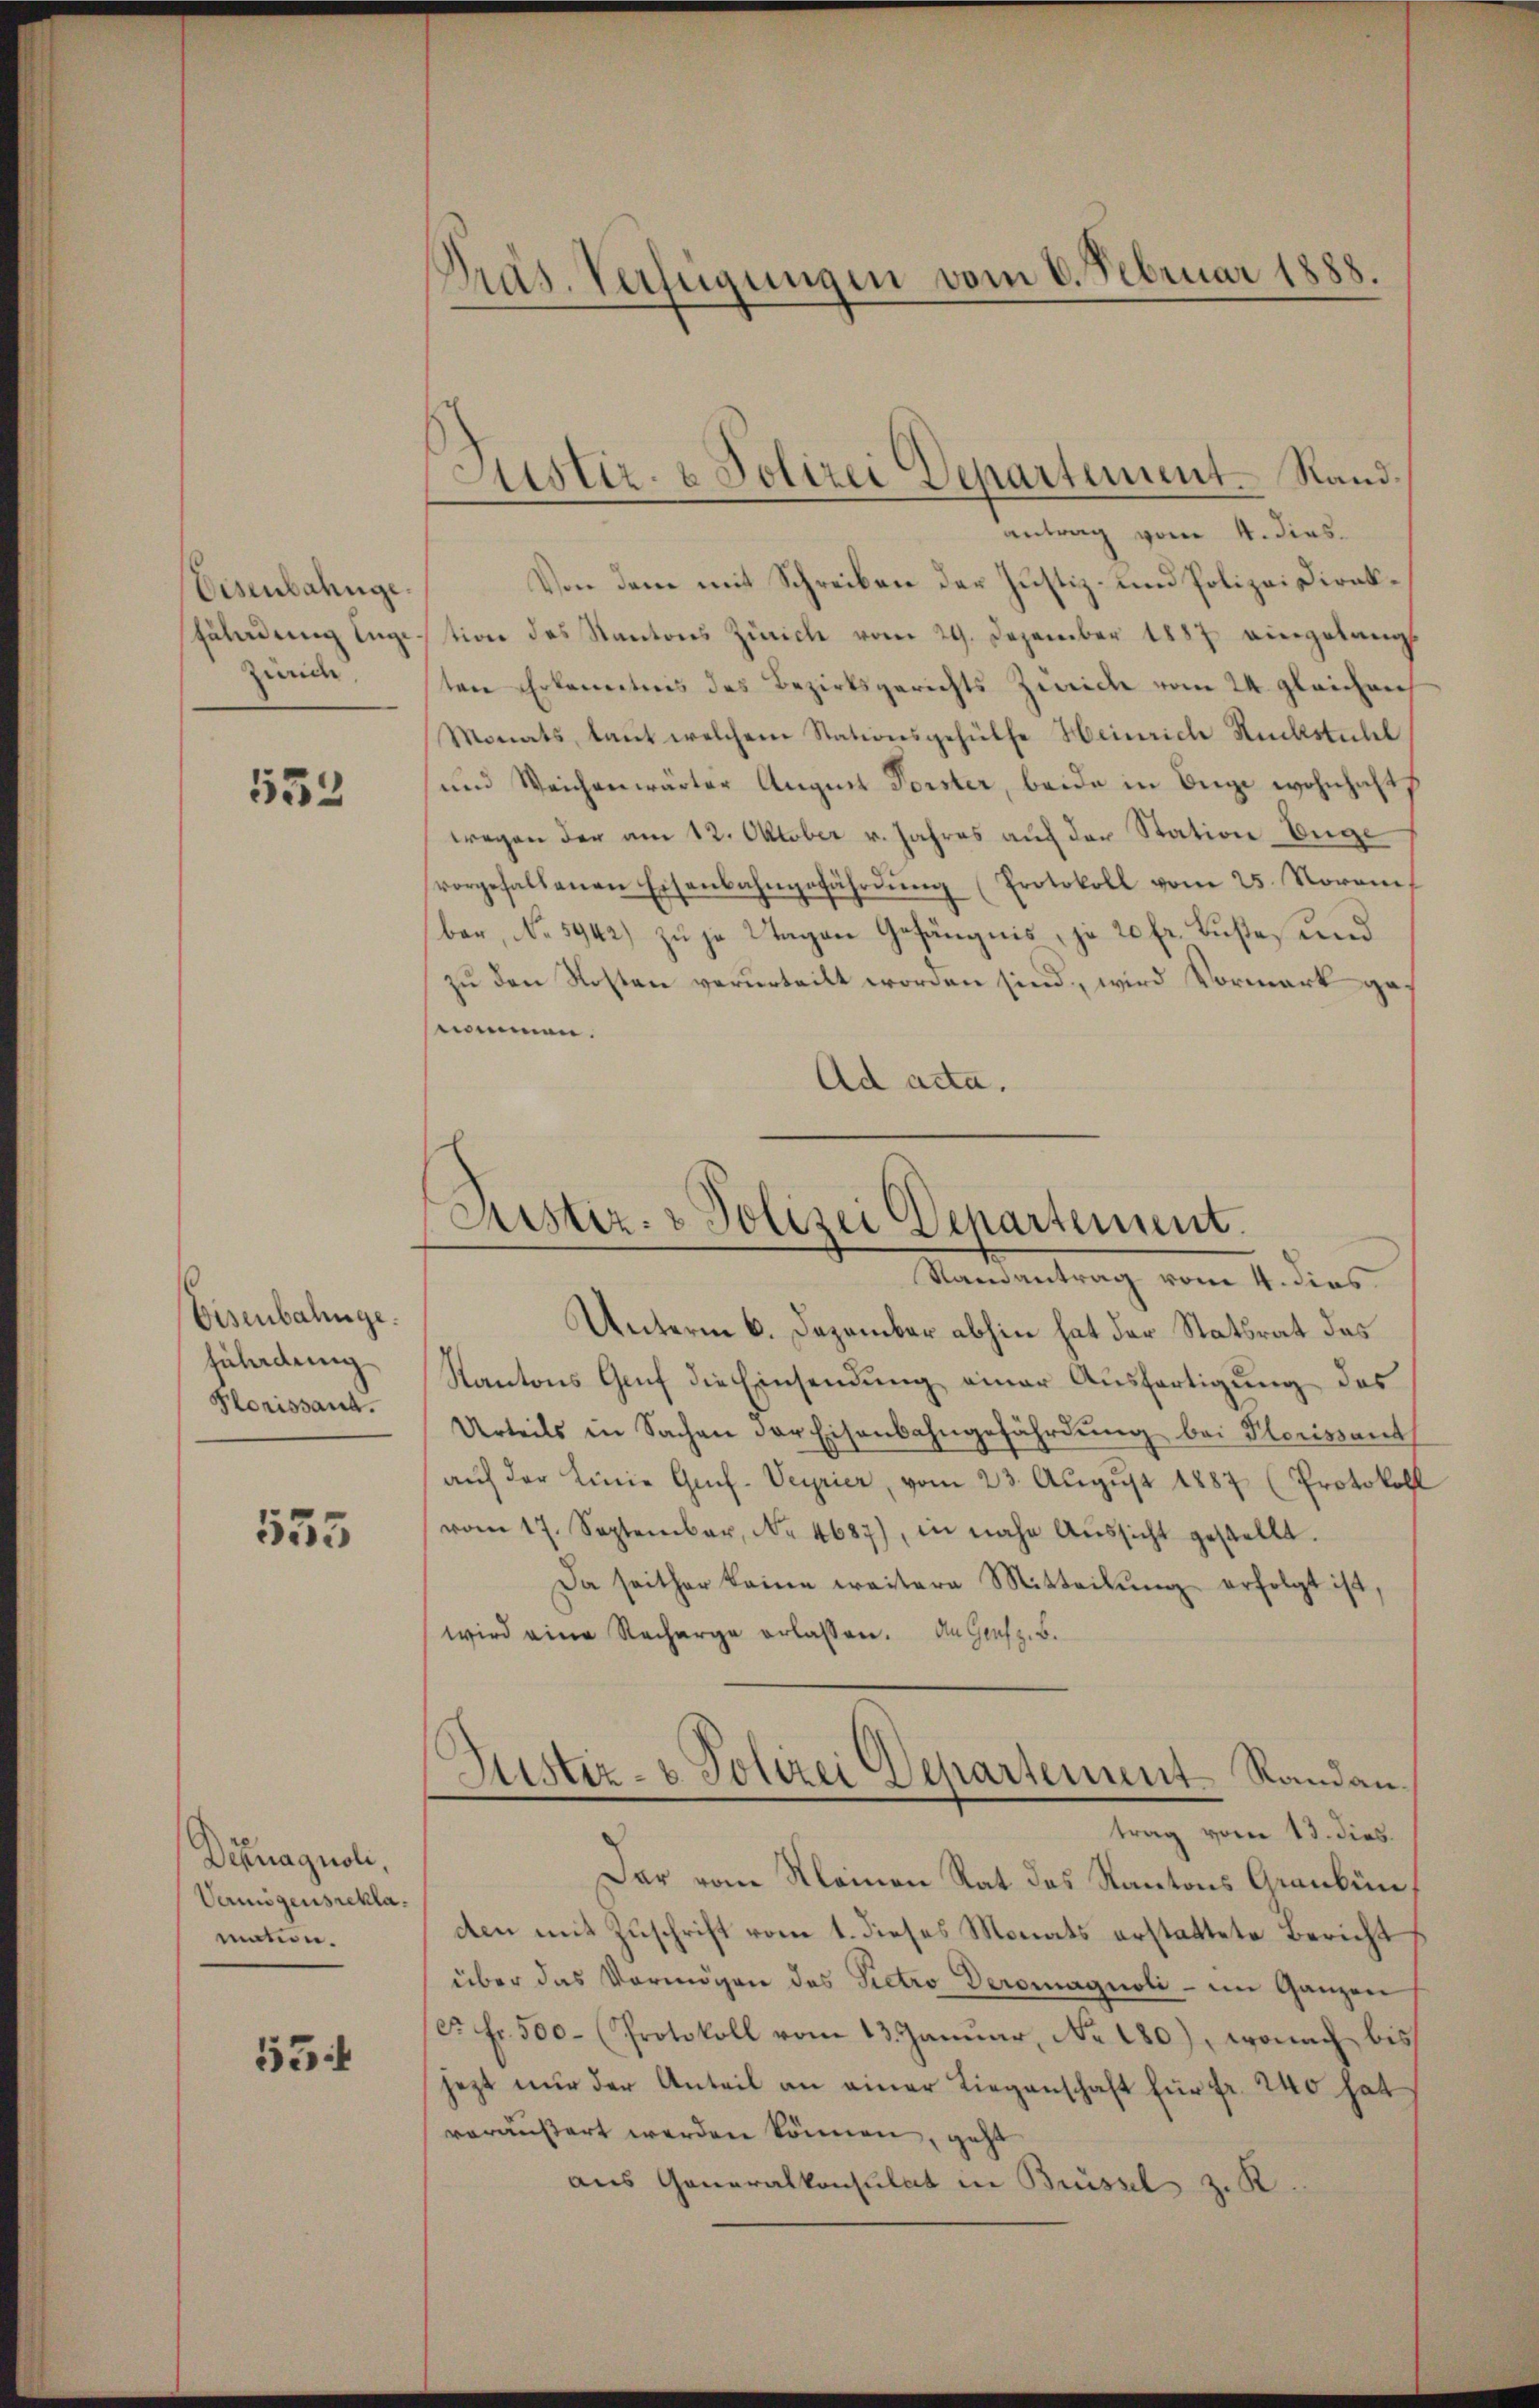
Eisenbahnge
Zuladung ange¬
Zürich,

533

Eisenbahnge.
Füladung
Florissant.

555

Diagnoli.
Vermögensreklamation.

15

Präs. Verfügungen vom 6. Februar 1888.

Astiz- & Polizei Departement. Stand.

antrag vom 4. dies
Von dem mit Schreiben der Justiz- und Polizeidirektion des Kantons Zürich vom 29. Dezember 1887 eingelangt
ten Erkanntens des Bezirksgerichts Zürich vom 24. gleichen
Monats, laut welchem Stationsgehülfe Heinrich Rückstuhl
und Weichenwärter August Forster, beide in Auge wohnhafts
wegen der am 12. Oktober v. Jahres auf der Station Enge
vorgehaltenen Eisenbahngefährdung (Protokoll vom 25. Novem
ber, No 5942) zu ja Wagen Gefängnis, je 20 fr. Lustes und
zŭ den Kosten verurteilt worden sind, wird Vormark g
nommen.
Ad acta.

Justiz- & Polizei Departement.
Randantrag vom 4. dies

Unterm 6. Dezember abhin hat der Statsrat das
Kantons Genf die Einsendung einer Ausfertigung des
Urteils in Sachen der Eisenbahngefährdung bei Herissant
auf der Linie Grif-Veyrier, vom 23. August 1887 (Protokoll
vom 17. September, Nr. 4687), in nahe Aŭssicht gestellt.
Da seither keine weitere Mitteilŭng erfolgt ist.
wird eine Recharge erlassen. An Genf z. B.
Justiz- & Polizei Departement Randantrag vom 13. dies.
Der vom Kleinen Rat des Kantons Graubün
den mit Zuschrift vom 1. dieses Monats erstattete Bericht
über das Vermögen des Pietro Deromagnoli - im Ganzen
c. fr. 500 (Protokoll vom 13. Januar, No. 180), wonach bis
jezt nŭr der Anteil an einer Liegenschaft für fr. 240 hat
veräußert werden können, geht
aus Generalkonsulat in Brüssel zu K